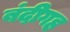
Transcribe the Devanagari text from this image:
बंदीगह